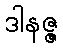
ဒါနဇ္ဇ